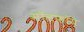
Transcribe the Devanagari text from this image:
मॉलफॉय